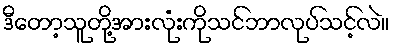
ဒီတော့သူတို့အားလုံးကိုသင်ဘာလုပ်သင့်လဲ။